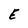
Character: E